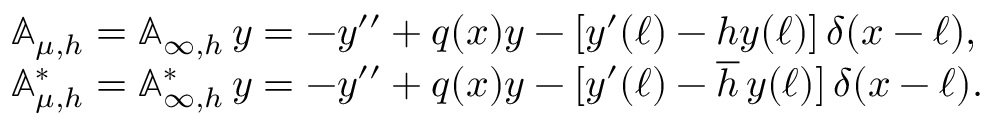
\begin{array} { r l } & { { \mathbb A } _ { \mu , h } = { \mathbb A } _ { \infty , h } \, y = - y ^ { \prime \prime } + q ( x ) y - [ y ^ { \prime } ( \ell ) - h y ( \ell ) ] \, \delta ( x - \ell ) , } \\ & { { \mathbb A } _ { \mu , h } ^ { * } = { \mathbb A } _ { \infty , h } ^ { * } \, y = - y ^ { \prime \prime } + q ( x ) y - [ y ^ { \prime } ( \ell ) - \overline { { h } } \, y ( \ell ) ] \, \delta ( x - \ell ) . } \end{array}